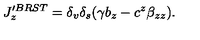
J _ { z } ^ { \prime B R S T } = \delta _ { v } \delta _ { s } ( \gamma b _ { z } - c ^ { z } \beta _ { z z } ) .